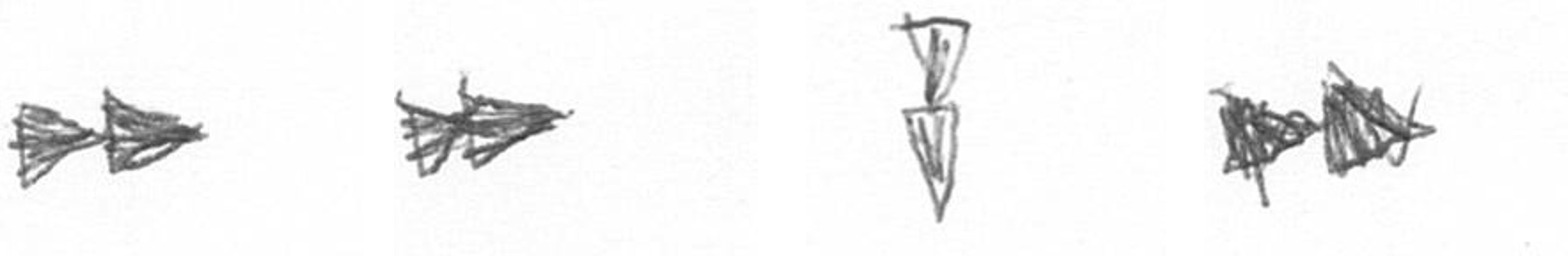
A A Z A